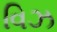
વિઝ